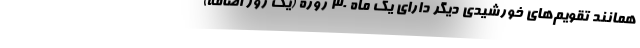
همانند تقویم‌های خورشیدی دیگر دارای یک ماه ۳۰ روزه (یک روز اضافه)